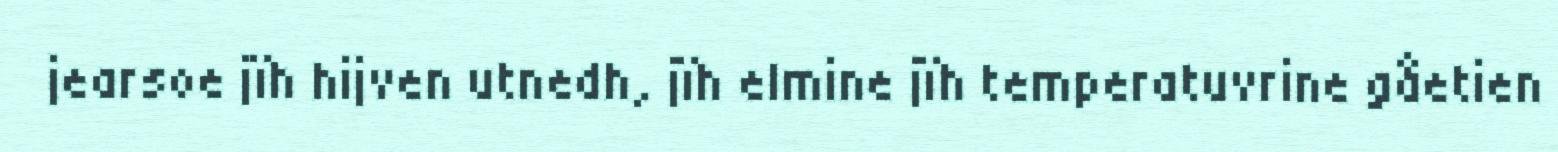
jearsoe jïh hijven utnedh, jïh elmine jïh temperatuvrine gåetien